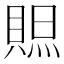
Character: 𧶨